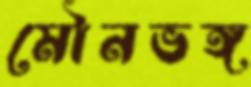
মৌনভঙ্গ